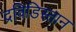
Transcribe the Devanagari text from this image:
द्रविडिस्तान